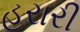
હરારી